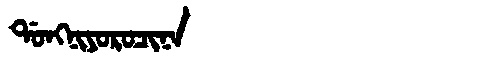
Manchu: ᡩᠣᠩᠨᡳᠶᠣᡵᠣᠴᡳᠨᠠ
Romanization: DONGNIYOROCINA